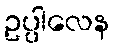
ဥပ္ပါလေန